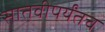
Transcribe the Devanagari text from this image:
सातवीपर्यंतच